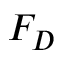
F _ { D }